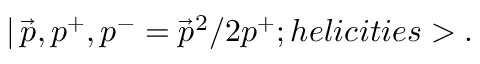
| \, \vec { p } , p ^ { + } , p ^ { - } = \vec { p } ^ { 2 } / 2 p ^ { + } ; h e l i c i t i e s > .